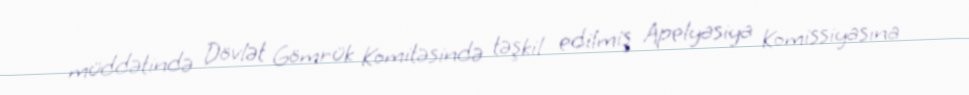
müddətində Dövlət Gömrük Komitəsində təşkil edilmiş Apelyasiya Komissiyasına